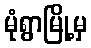
မုံရွာမြို့မှ